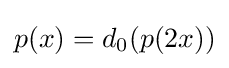
p(x)=d_{0}(p(2x))